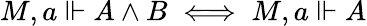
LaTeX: M,a\Vdash A\land B\iff M,a\Vdash A